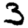
Digit: 3